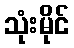
သုံးမိုင်